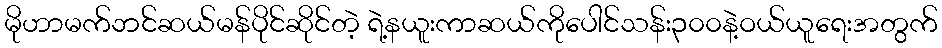
မိုဟာမက်ဘင်ဆယ်မန်ပိုင်ဆိုင်တဲ့ ရဲ့နယူးကာဆယ်ကိုပေါင်သန်း၃၀၀နဲ့ဝယ်ယူရေးအတွက်